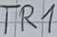
Text: TR1